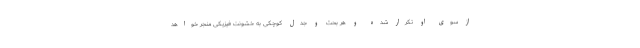
از سوی او تکرار شده و هر بحث و جدل کوچکی به خشونت فیزیکی منجر خواهد